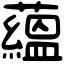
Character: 蘊